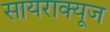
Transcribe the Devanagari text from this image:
सायराक्यूज